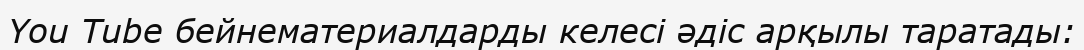
You Tube бейнематериалдарды келесі әдіс арқылы таратады: